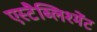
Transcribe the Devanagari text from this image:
एस्टैब्लिश्मेंट